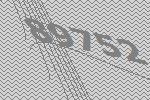
89752